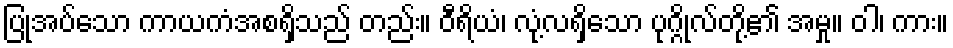
ပြုအပ်သော ကာယကံအစရှိသည် တည်း။ ဝီရိယံ၊ လုံ့လရှိသော ပုဂ္ဂိုလ်တို့၏ အမှု။ ဝါ၊ ကား။